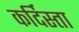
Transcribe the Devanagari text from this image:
कर्दिस्ता